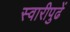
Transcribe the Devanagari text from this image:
स्वारीपुढें